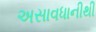
અસાવધાનીથી